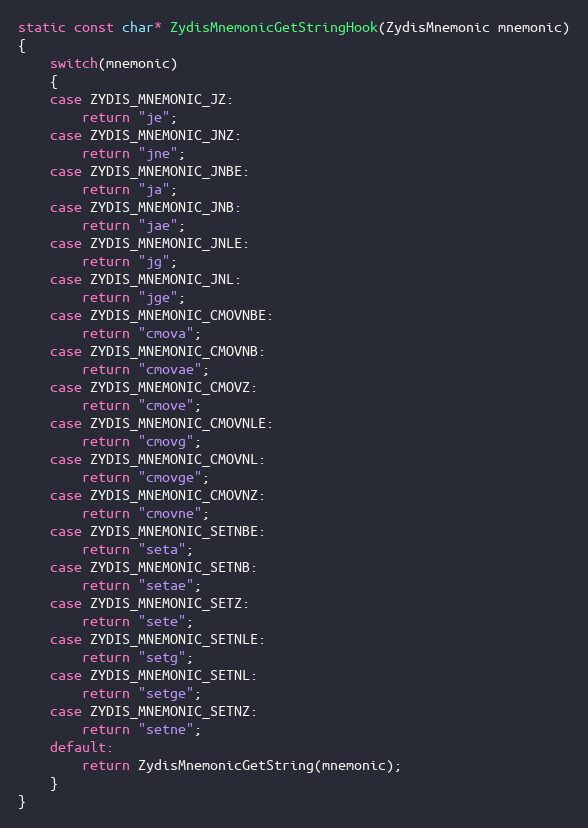
Language: C++
static const char* ZydisMnemonicGetStringHook(ZydisMnemonic mnemonic)
{
    switch(mnemonic)
    {
    case ZYDIS_MNEMONIC_JZ:
        return "je";
    case ZYDIS_MNEMONIC_JNZ:
        return "jne";
    case ZYDIS_MNEMONIC_JNBE:
        return "ja";
    case ZYDIS_MNEMONIC_JNB:
        return "jae";
    case ZYDIS_MNEMONIC_JNLE:
        return "jg";
    case ZYDIS_MNEMONIC_JNL:
        return "jge";
    case ZYDIS_MNEMONIC_CMOVNBE:
        return "cmova";
    case ZYDIS_MNEMONIC_CMOVNB:
        return "cmovae";
    case ZYDIS_MNEMONIC_CMOVZ:
        return "cmove";
    case ZYDIS_MNEMONIC_CMOVNLE:
        return "cmovg";
    case ZYDIS_MNEMONIC_CMOVNL:
        return "cmovge";
    case ZYDIS_MNEMONIC_CMOVNZ:
        return "cmovne";
    case ZYDIS_MNEMONIC_SETNBE:
        return "seta";
    case ZYDIS_MNEMONIC_SETNB:
        return "setae";
    case ZYDIS_MNEMONIC_SETZ:
        return "sete";
    case ZYDIS_MNEMONIC_SETNLE:
        return "setg";
    case ZYDIS_MNEMONIC_SETNL:
        return "setge";
    case ZYDIS_MNEMONIC_SETNZ:
        return "setne";
    default:
        return ZydisMnemonicGetString(mnemonic);
    }
}